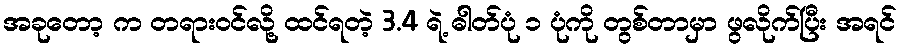
အခုတော့ က တရားဝင်လို့ ထင်ရတဲ့ 3.4 ရဲ့ ဓါတ်ပုံ ၁ ပုံကို တွစ်တာမှာ ဖွလိုက်ပြီး အရင်